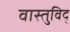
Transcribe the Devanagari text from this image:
वास्‍तुविद्